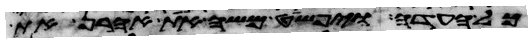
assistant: כל העדה ויפשט משה את אהרן את